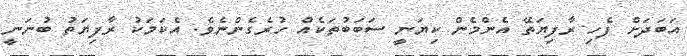
އަބަދަށް ފެހި ރާފިޔަތޭ އެންމެން ކިޔަނީ ސަބަބުތަކެއް ހުރެގެންނެވެ. އެކަމަކު ރާފިޔަތު ބުނަނީ